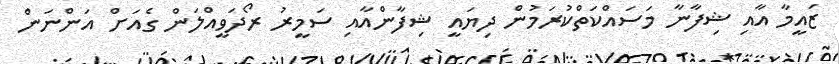
ޒައީމާ އާއި ޝިފާނާ މަސައްކަތްކުރަމުން ދިޔައީ ޝިފާންއާއި ސަމީރު ރޯދަވީއްލަން ގެއަށް އަންނަން